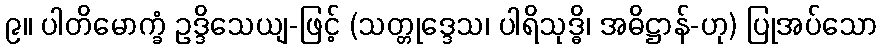
၉။ ပါတိမောက္ခံ ဥဒ္ဒိသေယျ-ဖြင့် (သတ္တုဒ္ဒေသ၊ ပါရိသုဒ္ဓိ၊ အဓိဋ္ဌာန်-ဟု) ပြုအပ်သော